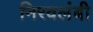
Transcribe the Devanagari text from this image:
निरवलंबी